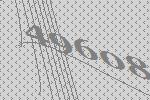
49608